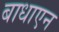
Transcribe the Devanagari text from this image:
बाधाएन